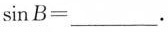
$$sinB=___.$$